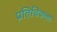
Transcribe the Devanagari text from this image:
प्रतिविकला